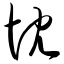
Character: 忱